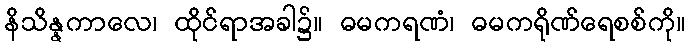
နိသိန္နကာလေ၊ ထိုင်ရာအခါ၌။ ဓမကရဏံ၊ ဓမကရိုဏ်ရေစစ်ကို။